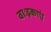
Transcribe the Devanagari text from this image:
वाःइकाएं